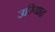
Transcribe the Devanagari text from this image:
उरियाह